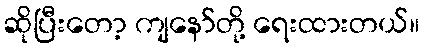
ဆိုပြီးတော့ ကျနော်တို့ ရေးထားတယ်။